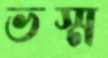
ভস্ম